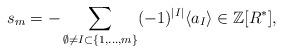
LaTeX: \begin{align*}s_{m} = -\sum_{\emptyset \neq I \subset \{1,\dots,m\}}(-1)^{|I|}\langle a_{I} \rangle \in \mathbb{Z}[R^{*}],\end{align*}